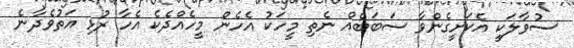
ސުވާލަކީ އެކަށީގެންވާ ސަބަބެއް ނެތި މީހަކު އެހެން މީހެއްދެކެ އެހާ ރުޅި އަތުވެދާނެ